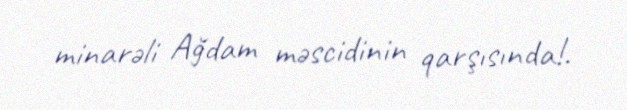
minarəli Ağdam məscidinin qarşısında!.